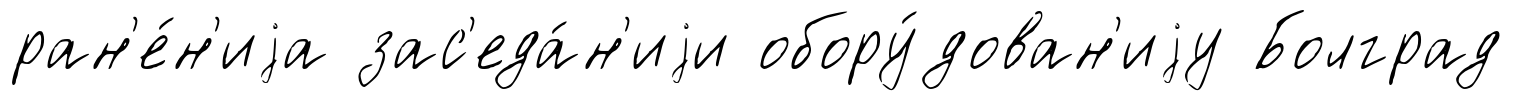
ран'е́н'иjа зас'еда́н'иjи обору́дован'иjу Болград